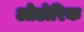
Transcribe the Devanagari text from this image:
ओडोरिक